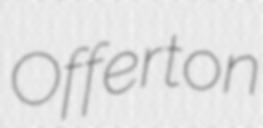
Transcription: Offerton